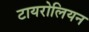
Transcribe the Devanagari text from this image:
टायरोलियन